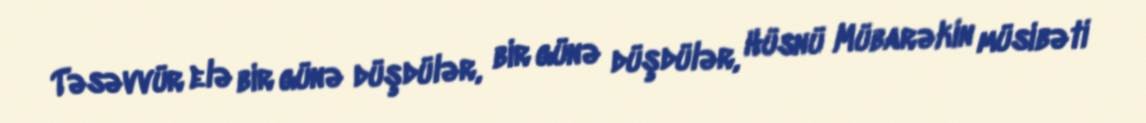
Təsəvvür elə bir günə düşdülər, bir günə düşdülər, Hüsnü Mübarəkin müsibəti